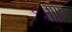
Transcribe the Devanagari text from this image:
१३॥